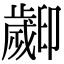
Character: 𣦫